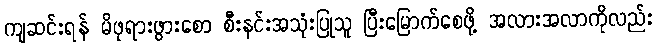
ကျဆင်းရန် မိဖုရားဖွားစော စီးနင်းအသုံးပြုသူ ပြီးမြောက်စေဖို့ အလားအလာကိုလည်း